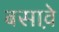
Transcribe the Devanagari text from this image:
बसावे़